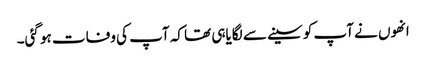
انھوں نے آپ کو سینے سے لگایاہی تھا کہ آپ کی وفات ہو گئی۔